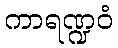
ကာရဏ္ဍဝံ